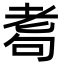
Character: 耈